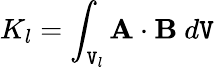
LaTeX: K_{l}=\int_{\mathtt{V}_{l}}\mathbf{{A}}\cdot\mathbf{{B}}\ d\mathtt{V}